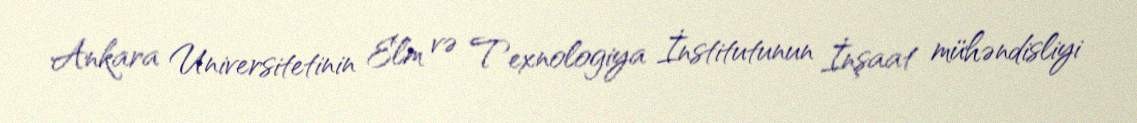
Ankara Universitetinin Elm və Texnologiya İnstitutunun İnşaat mühəndisliyi